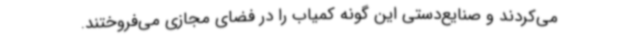
می‌کردند و صنایع‌دستی این گونه کمیاب را در فضای مجازی می‌فروختند.